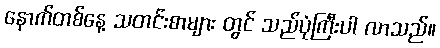
နောက်တစ်နေ့ သတင်းစာများ တွင် သည်ပုံကြီးပါ လာသည်။